Indian journal of veterinary science and animal husbandry - Volumes 26-27, 1956-1957
Year: 1956
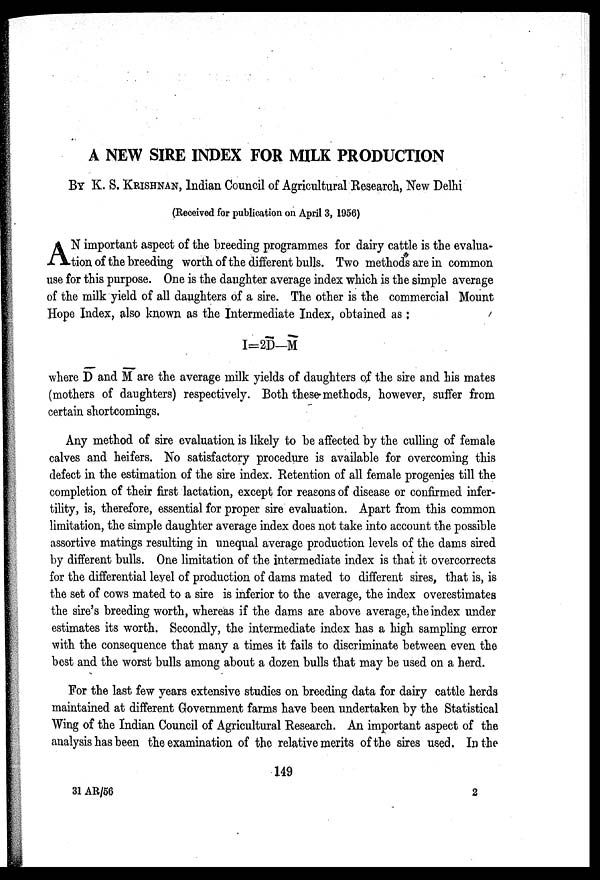
A NEW SIRE INDEX FOR MILK PRODUCTION
BY K. S. KRISHNAN, Indian Council of Agricultural Research, New Delhi
(Received for publication on April 3, 1956)
A N important aspect of the breeding programmes for dairy cattle is the evalua-
tion of the breeding worth of the different bulls. Two methods are in common
use for this purpose. One is the daughter average index which is the simple average
of the milk yield of all daughters of a sire. The other is the commercial Mount
Hope Index, also known as the Intermediate Index, obtained as:
I=2D—M
where D and M are the average milk yields of daughters of the sire and his mates
(mothers of daughters) respectively. Both these methods, however, suffer from
certain shortcomings.
Any method of sire evaluation is likely to be affected by the culling of female
calves and heifers. No satisfactory procedure is available for overcoming this
defect in the estimation of the sire index. Retention of all female progenies till the
completion of their first lactation, except for reasons of disease or confirmed infer-
tility, is, therefore, essential for proper sire evaluation. Apart from this common
limitation, the simple daughter average index does not take into account the possible
assortive matings resulting in unequal average production levels of the dams sired
by different bulls. One limitation of the intermediate index is that it overcorrects
for the differential level of production of dams mated to different sires, that is, is
the set of cows mated to a sire is inferior to the average, the index overestimates
the sire's breeding worth, whereas if the dams are above average, the index under
estimates its worth. Secondly, the intermediate index has a high sampling error
with the consequence that many a times it fails to discriminate between even the
best and the worst bulls among about a dozen bulls that may be used on a herd.
For the last few years extensive studies on breeding data for dairy cattle herds
maintained at different Government farms have been undertaken by the Statistical
Wing of the Indian Council of Agricultural Research. An important aspect of the
analysis has been the examination of the relative merits of the sires used. In the
149
31 AR/56
2